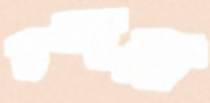
চন্দর